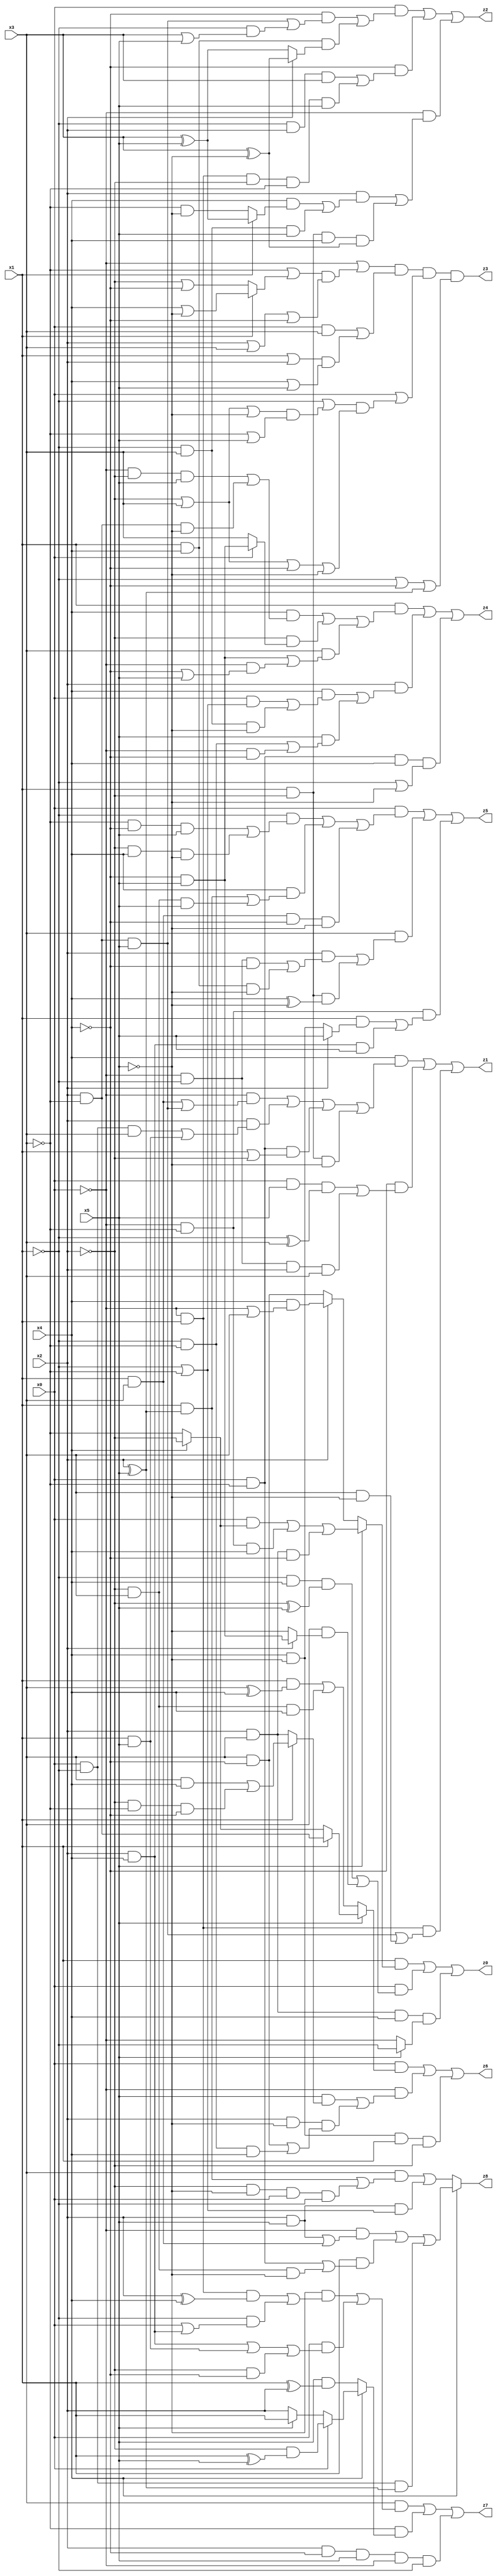
// Benchmark "mult_3x3_51" written by ABC on Sun Dec 11 17:45:57 2022

module mult_3x3_51 ( 
    x0, x1, x2, x3, x4, x5,
    z0, z1, z2, z3, z4, z5, z6, z7, z8  );
  input  x0, x1, x2, x3, x4, x5;
  output z0, z1, z2, z3, z4, z5, z6, z7, z8;
  assign z0 = (x1 & (x5 ? ((x0 & (x4 ? ~x2 : ~x3)) | (~x0 & ~x3 & x4) | (x2 & x3 & ~x4)) : (x2 ? (x4 & (~x0 | x3)) : (x3 & ~x4)))) | (x0 & ((~x1 & x4 & (~x2 ^ x5)) | (x3 & (x2 ? (~x4 & x5) : ~x5)))) | (x2 & x3 & x4 & (x5 ? ~x1 : ~x0));
  assign z1 = (x4 & ((~x0 & ((x1 & x3) | (x2 & ~x3 & x5))) | (x2 & ((x0 & ~x1 & x3) | (x1 & x5))) | (x0 & ~x3 & (x1 | ~x2)) | (x1 & ~x2 & ~x5))) | (~x4 & ((x0 & x5 & (~x1 ^ x3)) | (~x0 & ~x1 & x2 & x3))) | (~x0 & x1 & ((x2 & ~x3 & x5) | (x3 & ~x5)));
  assign z2 = (x0 & ((~x4 & ((x2 & ~x3 & x5) | (~x1 & (x3 | x5)))) | (x1 & x4 & (x2 ? (x3 ^ ~x5) : (x3 ^ x5))))) | (~x4 & ((~x1 & x2 & x3) | (~x0 & x1 & ~x2 & ~x3 & x5))) | (~x0 & ((x2 & ((x4 & (x1 ? (x3 ^ x5) : (~x3 & ~x5))) | (~x1 & x3 & x5))) | (x1 & ~x2 & x4 & (x3 ^ ~x5))));
  assign z3 = (~x0 | ((~x3 | (x1 ? (x4 | ~x5) : (~x2 | ~x4))) & (x2 | x3 | ~x4))) & ((x0 & x3) | ((x1 | x2) & (x4 | x5))) & (x0 | ((~x1 | ((~x2 | x3 | ~x5) & (~x3 | x5))) & (~x2 | x3 | ~x4 | ~x5))) & (~x1 | ~x4 | (x2 ^ x5));
  assign z4 = (x1 & ((x4 & ((~x0 & ~x2 & x5) | (x2 & ~x3 & ~x5))) | (~x2 & (x0 ? (~x4 & x5) : x3)) | (x3 & ((~x4 & x5) | (~x0 & (~x4 | x5)))))) | (x2 & ((x4 & ((x0 & (~x1 | ~x3)) | (~x1 & x3 & ~x5))) | (x5 & ((~x1 & ~x3) | (~x0 & ~x4))))) | (x0 & ~x3 & x4 & (~x1 | ~x5));
  assign z5 = (x0 & ((~x1 & ((~x3 & ~x4 & x5) | (~x2 & x4 & ~x5))) | (x4 & ((x1 & (x2 ^ x5)) | (~x2 & x3 & x5))) | (x1 & x3 & ~x4 & ~x5))) | (x3 & ((x2 & ((~x0 & ~x1 & ~x4) | (x1 & x4 & ~x5))) | (x1 & ~x2 & (x4 ^ ~x5)))) | (~x0 & ~x3 & ((x1 & (x2 ? x5 : (x4 & ~x5))) | (x2 & x4 & x5)));
  assign z6 = (x0 & (x5 ? (x1 ? (x2 & ~x3) : (x4 ? ~x2 : ~x3)) : ((x1 & (x3 ^ x4)) | (~x2 & x3 & x4)))) | (~x0 & ((x5 & (x1 ? ((x3 & x4) | (~x2 & ~x3 & ~x4)) : (x2 & x3))) | (x2 & ~x5 & ((x3 & ~x4) | (~x1 & ~x3 & x4))))) | (x4 & ~x5 & x1 & ~x2);
  assign z7 = (x3 & ((~x5 & ((~x0 & x1 & (x2 ^ x4)) | (~x1 & (x0 | (x2 & x4))))) | (x0 & ((x2 & x4) | (x1 & x5) | (~x2 & ~x4))))) | (~x3 & (x4 ? (x0 ? (~x2 & (x1 ^ x5)) : (x5 ? x1 : x2)) : (x5 & (x1 ^ x2)))) | (x2 & ~x4 & x5 & ~x0 & ~x1);
  assign z8 = x4 ? ((~x0 & ((x2 & x5) | (x1 & x3))) | (x1 & ((x0 & ~x3) | (~x2 & x3 & ~x5))) | (x0 & ~x1 & (x2 ^ x5))) : ((x3 & ((x1 & (x2 ^ x5)) | (~x2 & ~x5 & x0 & ~x1))) | (x2 & x5 & (~x1 | ~x3)));
endmodule